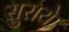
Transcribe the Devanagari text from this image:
सुराये